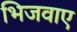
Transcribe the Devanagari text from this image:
भिजवाए